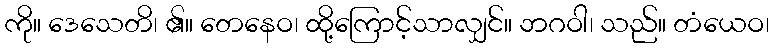
ကို။ ဒေသေတိ၊ ၏။ တေနေဝ၊ ထို့ကြောင့်သာလျှင်။ ဘဂဝါ၊ သည်။ တံယေဝ၊